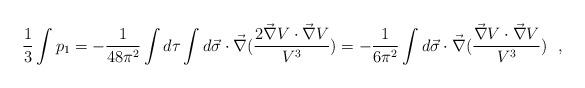
\begin{align*}\frac{1}{3} \int p_{1} = -\frac{1}{48\pi^{2}} \int d\tau \int d\vec{\sigma}\cdot \vec{\nabla}(\frac{2\vec{\nabla}V\cdot \vec{\nabla}V}{V^{3}})=-\frac{1}{6\pi^{2}} \int d\vec{\sigma}\cdot \vec{\nabla}(\frac{\vec{\nabla}V\cdot \vec{\nabla}V}{V^{3}})~~,\end{align*}